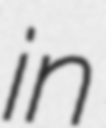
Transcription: in